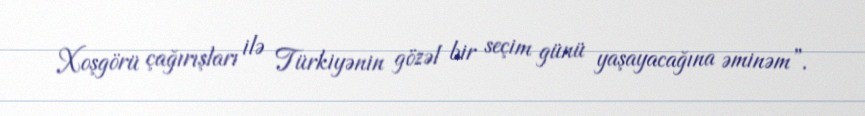
Xoşgörü çağırışları ilə Türkiyənin gözəl bir seçim günü yaşayacağına əminəm”.